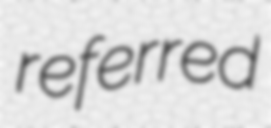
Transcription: referred